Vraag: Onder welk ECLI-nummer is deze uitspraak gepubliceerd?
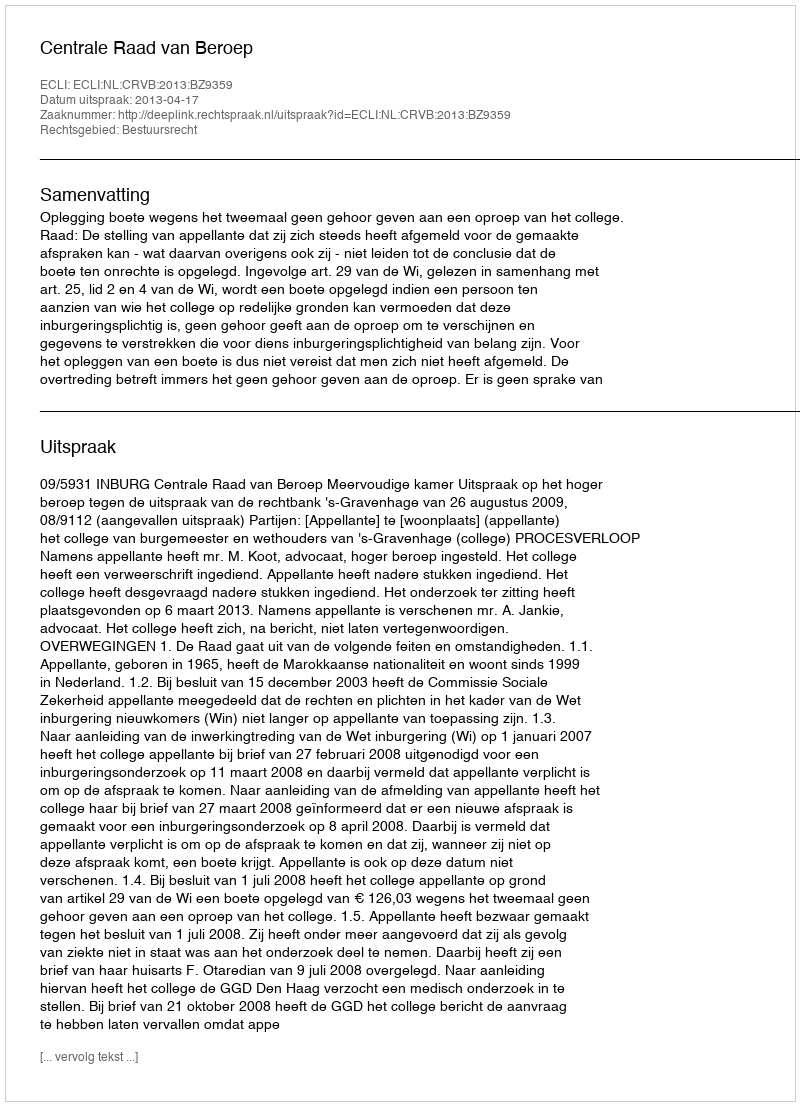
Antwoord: ECLI:NL:CRVB:2013:BZ9359